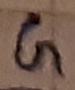
Text: G